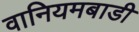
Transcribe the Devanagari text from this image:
वानियमबाडी